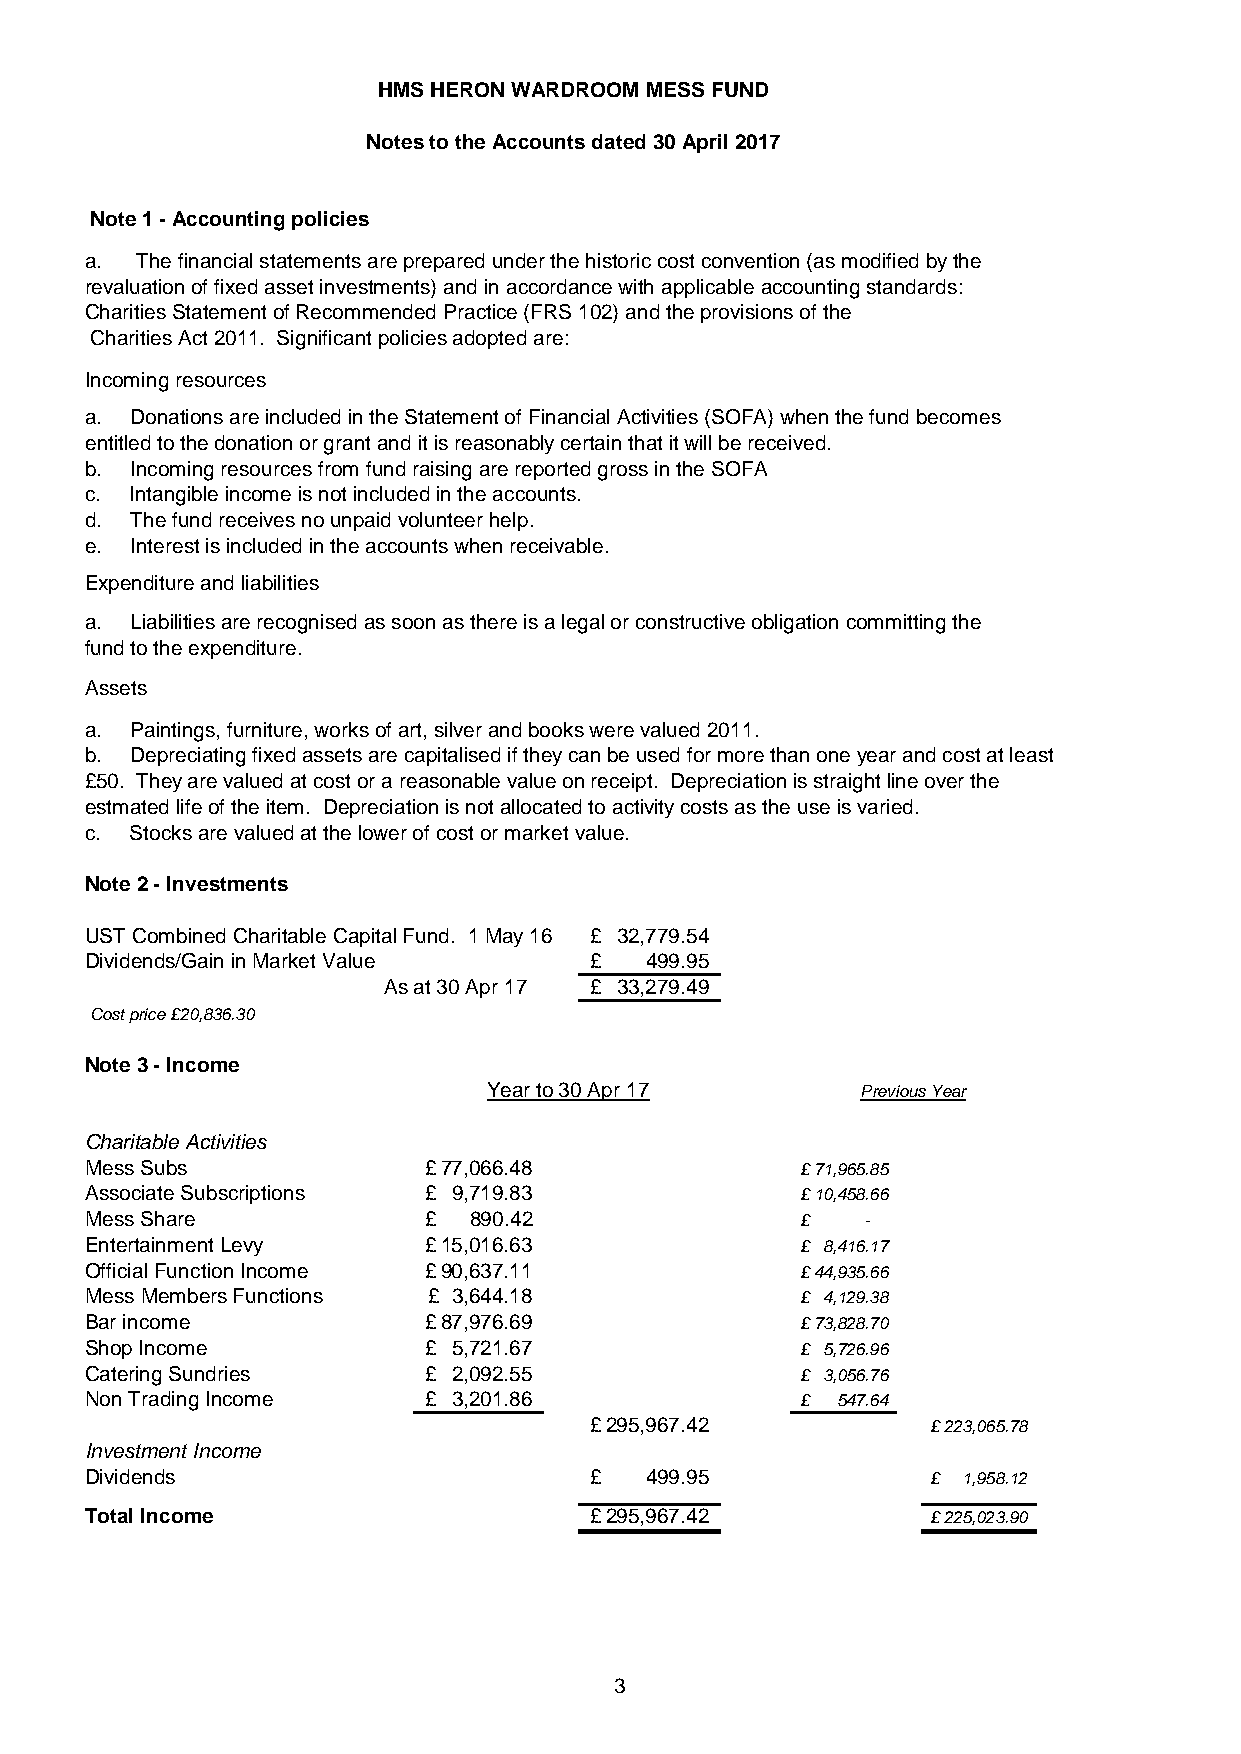
HMS HERON WARDROOM MESS FUND
 Notes to the Accounts dated 30 April 2017
 Note 1 - Accounting policies
 a. The financial statements are prepared under the historic cost convention (as modified by the
 revaluation of fixed asset investments) and in accordance with applicable accounting standards:
 Charities Statement of Recommended Practice (FRS 102) and the provisions of the
 Charities Act 2011. Significant policies adopted are:
 Incoming resources
 a. Donations are included in the Statement of Financial Activities (SOFA) when the fund becomes
 entitled to the donation or grant and it is reasonably certain that it will be received.
 b. Incoming resources from fund raising are reported gross in the SOFA
 c. Intangible income is not included in the accounts.
 d. The fund receives no unpaid volunteer help.
 e. Interest is included in the accounts when receivable.
 Expenditure and liabilities
 a. Liabilities are recognised as soon as there is a legal or constructive obligation committing the
 fund to the expenditure.
 Assets
 a. Paintings, furniture, works of art, silver and books were valued 2011.
 b. Depreciating fixed assets are capitalised if they can be used for more than one year and cost at least
 £50. They are valued at cost or a reasonable value on receipt. Depreciation is straight line over the
 estmated life of the item. Depreciation is not allocated to activity costs as the use is varied.
 c. Stocks are valued at the lower of cost or market value.
 Note 2 - Investments
 UST Combined Charitable Capital Fund. 1 May 16 £ 32,779.54
 Dividends/Gain in Market Value   £   499.95
 As at 30 Apr 17 £ 33,279.49
 Cost price £20,836.30
 Note 3 - Income
 Year to 30 Apr 17        Previous Year
 Charitable Activities
 Mess Subs             £ 77,066.48              £ 71,965.85
 Associate Subscriptions £ 9,719.83             £ 10,458.66
 Mess Share            £  890.42                £   -
 Entertainment Levy    £ 15,016.63              £ 8,416.17
 Official Function Income £ 90,637.11           £ 44,935.66
 Mess Members Functions £ 3,644.18              £ 4,129.38
 Bar income            £ 87,976.69              £ 73,828.70
 Shop Income           £ 5,721.67               £ 5,726.96
 Catering Sundries     £ 2,092.55               £ 3,056.76
 Non Trading Income    £ 3,201.86               £ 547.64
 £ 295,967.42           £ 223,065.78
 Investment Income
 Dividends                        £   499.95             £ 1,958.12
 Total Income                     £ 295,967.42           £ 225,023.90
 3